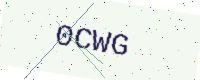
Text: 0CWG